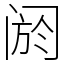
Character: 阏